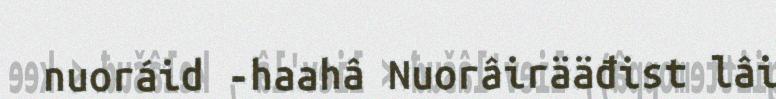
nuoráid -haahâ Nuorâirääđist lâi